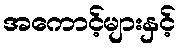
အကောင့်များနှင့်